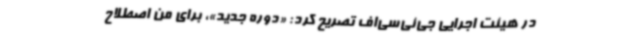
در هیئت اجرایی جی‌ئی‌سی‌اف تصریح کرد: «دوره جدید»، برای من اصطلاح